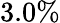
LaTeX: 3.0\%